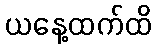
ယနေ့ထက်ထိ